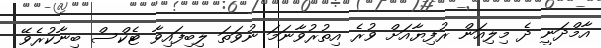
އާމްދަނީ ދެ މިލިއަން ރުފިޔާއަށް ވުރެ އިތުރުވާނަމަ ނުވަތަ ލިބިފައިވާ ޓެކްސް ބިނާކުރެވޭ